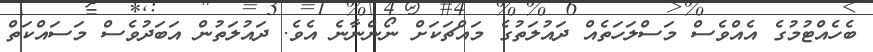
ބެހެއްޓުމުގެ އެއްވެސް މަސްލަހަތެއް ދައުލަތުގެ މައްޗަކަށް ނޯންނާނެ އެވެ. ދައުލަތުން އަބަދުވެސް މަސައްކަތް